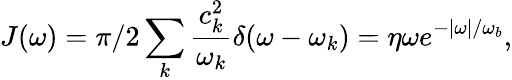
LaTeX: J(\omega)=\pi/2\sum_{k}\frac{c_{k}^{2}}{\omega_{k}}\delta(\omega-\omega_{k})=\eta\omega e^{-|\omega|/\omega_{b}},